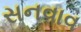
સનવાવ